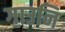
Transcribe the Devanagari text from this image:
गाउनि